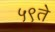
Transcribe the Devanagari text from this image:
५९ते